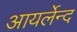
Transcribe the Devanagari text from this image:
आयर्लेन्द